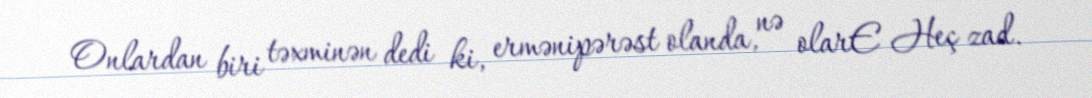
Onlardan biri təxminən dedi ki, ermənipərəst olanda, nə olarE Heç zad.